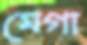
মেগা